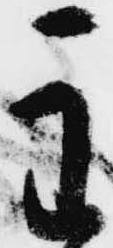
主